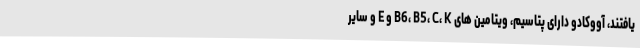
یافتند، آووکادو دارای پتاسیم، ویتامین های B6، B5، C، K و E و سایر